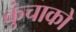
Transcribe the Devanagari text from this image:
कुंचाको